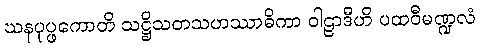
ဃနပုပ္ဖကောတိ သဋ္ဌိသတသဟဿာဓိကာ ဝါဠာဒီဟိ ပထဝီမဏ္ဍလံ